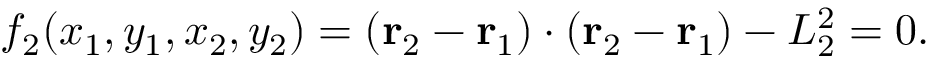
f _ { 2 } ( x _ { 1 } , y _ { 1 } , x _ { 2 } , y _ { 2 } ) = ( \mathbf { r } _ { 2 } - \mathbf { r } _ { 1 } ) \cdot ( \mathbf { r } _ { 2 } - \mathbf { r } _ { 1 } ) - L _ { 2 } ^ { 2 } = 0 .